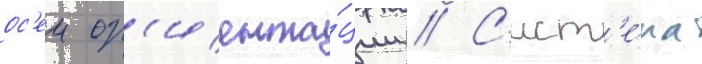
ос'еи ор'иента́ции // С'ист'е́ма